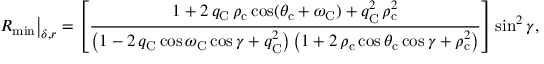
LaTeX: \left. R _ { \mathrm { m i n } } \right| _ { \delta , r } = \left[ \frac { 1 + 2 \, q _ { \mathrm { C } } \, \rho _ { \mathrm { c } } \cos ( \theta _ { \mathrm { c } } + \omega _ { \mathrm { C } } ) + q _ { \mathrm { C } } ^ { 2 } \, \rho _ { \mathrm { c } } ^ { 2 } } { \left( 1 - 2 \, q _ { \mathrm { C } } \cos \omega _ { \mathrm { C } } \cos \gamma + q _ { \mathrm { C } } ^ { 2 } \right) \left( 1 + 2 \, \rho _ { \mathrm { c } } \cos \theta _ { \mathrm { c } } \cos \gamma + \rho _ { \mathrm { c } } ^ { 2 } \right) } \right] \sin ^ { 2 } \gamma ,